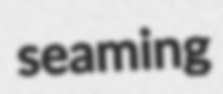
seaming